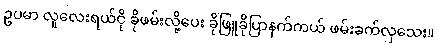
ဥပမာ လူလေးရယ်ငို ခိုဖမ်းလို့ပေး ခိုဖြူခိုပြာနက်ကယ် ဖမ်းခက်လှသေး။